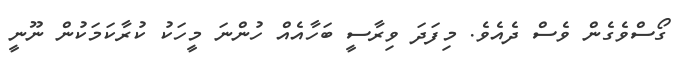
ގޯސްވެގެން ވެސް ދެއެވެ. މިފަދަ ވިރާސީ ބަހާއެއް ހުންނަ މީހަކު ކުރާކަމަކުން ނޫނީ